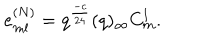
LaTeX: e _ { m l } ^ { ( N ) } = q ^ { \frac { - c } { 2 4 } } ( q ) _ { \infty } C _ { m } ^ { l } .